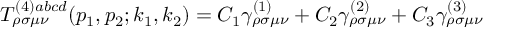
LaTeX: T _ { \rho \sigma \mu \nu } ^ { ( 4 ) a b c d } ( p _ { 1 } , p _ { 2 } ; k _ { 1 } , k _ { 2 } ) = C _ { 1 } \gamma _ { \rho \sigma \mu \nu } ^ { ( 1 ) } + C _ { 2 } \gamma _ { \rho \sigma \mu \nu } ^ { ( 2 ) } + C _ { 3 } \gamma _ { \rho \sigma \mu \nu } ^ { ( 3 ) }